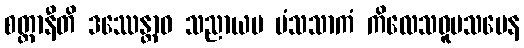
စတ္တာနီတိ ဒဿေန္တာဝ သညာယမ မံသသာကံ ကိလေသဝူပသမေန